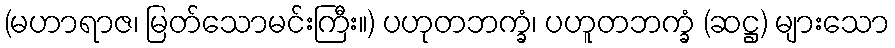
(မဟာရာဇ၊ မြတ်သောမင်းကြီး။) ပဟုတဘက္ခံ၊ ပဟူတဘက္ခံ (ဆဋ္ဌ) များသော